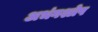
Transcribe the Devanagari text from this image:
अभंगश्लेष